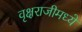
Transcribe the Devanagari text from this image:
वृक्षराजीमध्ये